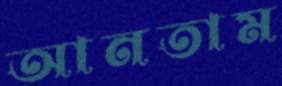
আনতাম